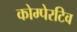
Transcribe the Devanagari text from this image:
कोम्पेरटिव